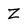
Character: z